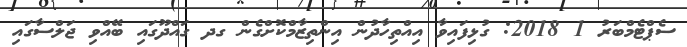
ސެޕްޓެމްބަރު 1 2018: ގުޅިފައިވާ އިއްތިހާދުން އިންތިޒާމްކޮށްގެން ގދ ގައްދޫގައި ބޭއްވި ޖަލްސާގައި